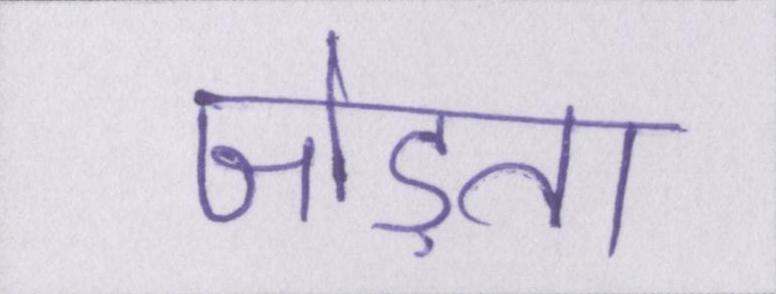
जोड़ता